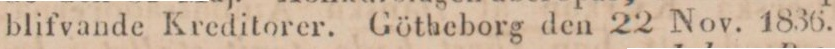
blifvande Kreditorer. Götheborg den 22 Nov. 1836.